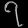
Digit: ၇